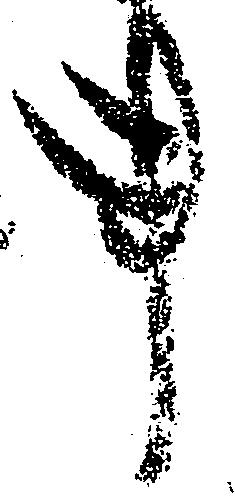
事